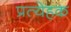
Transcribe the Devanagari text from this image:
प्रत्येहक